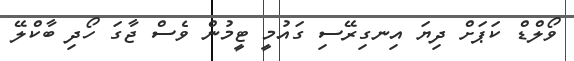
ވޯލްޑް ކަޕަށް ދިޔަ އިނގިރޭސި ގައުމީ ޓީމުން ވެސް ޖާގަ ހޯދި ބާކްލޭ